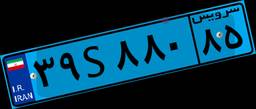
۱۸S۶۹۸۰۸